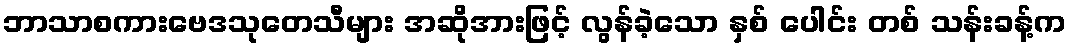
ဘာသာစကားဗေဒသုတေသီများ အဆိုအားဖြင့် လွန်ခဲ့သော နှစ် ပေါင်း တစ် သန်းခန့်က